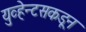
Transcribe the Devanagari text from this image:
युव्हेन्टसकडून